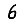
Digit: 6